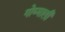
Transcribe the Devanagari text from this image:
गोष्माली